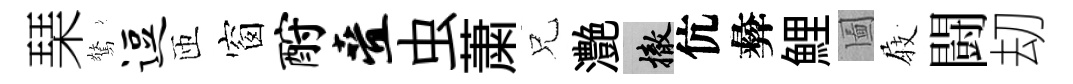
琹驚逗匝窗酹叠虫䔥兄灔撤伉彜鯉圗𡲆闘刧